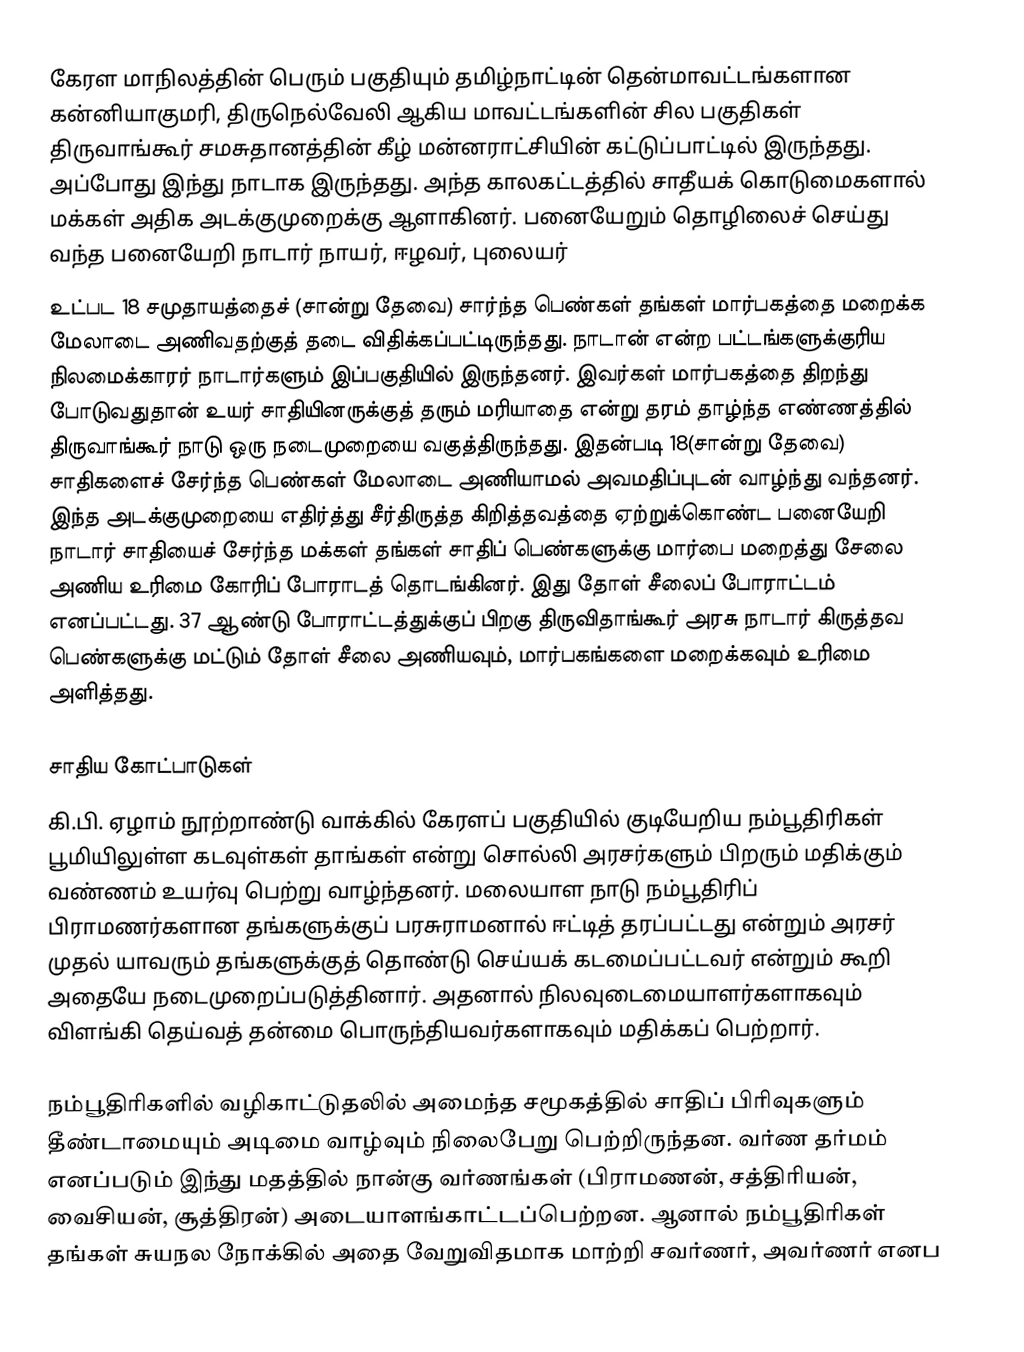
கேரள மாநிலத்தின் பெரும் பகுதியும் தமிழ்நாட்டின் தென்மாவட்டங்களான கன்னியாகுமரி, திருநெல்வேலி ஆகிய மாவட்டங்களின் சில பகுதிகள் திருவாங்கூர் சமசுதானத்தின் கீழ் மன்னராட்சியின் கட்டுப்பாட்டில் இருந்தது. அப்போது இந்து நாடாக இருந்தது. அந்த காலகட்டத்தில் சாதீயக் கொடுமைகளால் மக்கள் அதிக அடக்குமுறைக்கு ஆளாகினர். பனையேறும் தொழிலைச் செய்து வந்த பனையேறி நாடார் நாயர், ஈழவர், புலையர்
உட்பட 18 சமுதாயத்தைச் (சான்று தேவை) சார்ந்த பெண்கள் தங்கள் மார்பகத்தை மறைக்க மேலாடை அணிவதற்குத் தடை விதிக்கப்பட்டிருந்தது. நாடான் என்ற பட்டங்களுக்குரிய நிலமைக்காரர் நாடார்களும் இப்பகுதியில் இருந்தனர். இவர்கள் மார்பகத்தை திறந்து போடுவதுதான் உயர் சாதியினருக்குத் தரும் மரியாதை என்று தரம் தாழ்ந்த எண்ணத்தில் திருவாங்கூர் நாடு ஒரு நடைமுறையை வகுத்திருந்தது. இதன்படி 18(சான்று தேவை) சாதிகளைச் சேர்ந்த பெண்கள் மேலாடை அணியாமல் அவமதிப்புடன் வாழ்ந்து வந்தனர். இந்த அடக்குமுறையை எதிர்த்து சீர்திருத்த கிறித்தவத்தை ஏற்றுக்கொண்ட பனையேறி நாடார் சாதியைச் சேர்ந்த மக்கள் தங்கள் சாதிப் பெண்களுக்கு மார்பை மறைத்து சேலை அணிய உரிமை கோரிப் போராடத் தொடங்கினர். இது தோள் சீலைப் போராட்டம் எனப்பட்டது. 37 ஆண்டு போராட்டத்துக்குப் பிறகு திருவிதாங்கூர் அரசு நாடார் கிருத்தவ பெண்களுக்கு மட்டும் தோள் சீலை அணியவும், மார்பகங்களை மறைக்கவும் உரிமை அளித்தது.

சாதிய கோட்பாடுகள்
கி.பி. ஏழாம் நூற்றாண்டு வாக்கில் கேரளப் பகுதியில் குடியேறிய நம்பூதிரிகள் பூமியிலுள்ள கடவுள்கள் தாங்கள் என்று சொல்லி அரசர்களும் பிறரும் மதிக்கும் வண்ணம் உயர்வு பெற்று வாழ்ந்தனர். மலையாள நாடு நம்பூதிரிப் பிராமணர்களான தங்களுக்குப் பரசுராமனால் ஈட்டித் தரப்பட்டது என்றும் அரசர் முதல் யாவரும் தங்களுக்குத் தொண்டு செய்யக் கடமைப்பட்டவர் என்றும் கூறி அதையே நடைமுறைப்படுத்தினார். அதனால் நிலவுடைமையாளர்களாகவும் விளங்கி தெய்வத் தன்மை பொருந்தியவர்களாகவும் மதிக்கப் பெற்றார்.

நம்பூதிரிகளில் வழிகாட்டுதலில் அமைந்த சமூகத்தில் சாதிப் பிரிவுகளும் தீண்டாமையும் அடிமை வாழ்வும் நிலைபேறு பெற்றிருந்தன. வர்ண தர்மம் எனப்படும் இந்து மதத்தில் நான்கு வர்ணங்கள் (பிராமணன், சத்திரியன், வைசியன், சூத்திரன்) அடையாளங்காட்டப்பெற்றன. ஆனால் நம்பூதிரிகள் தங்கள் சுயநல நோக்கில் அதை வேறுவிதமாக மாற்றி சவர்ணர், அவர்ணர் எனப